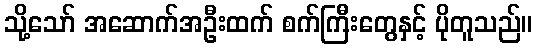
သို့သော် အဆောက်အဦးထက် စက်ကြီးတွေနှင့် ပိုတူသည်။